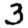
Digit: 3